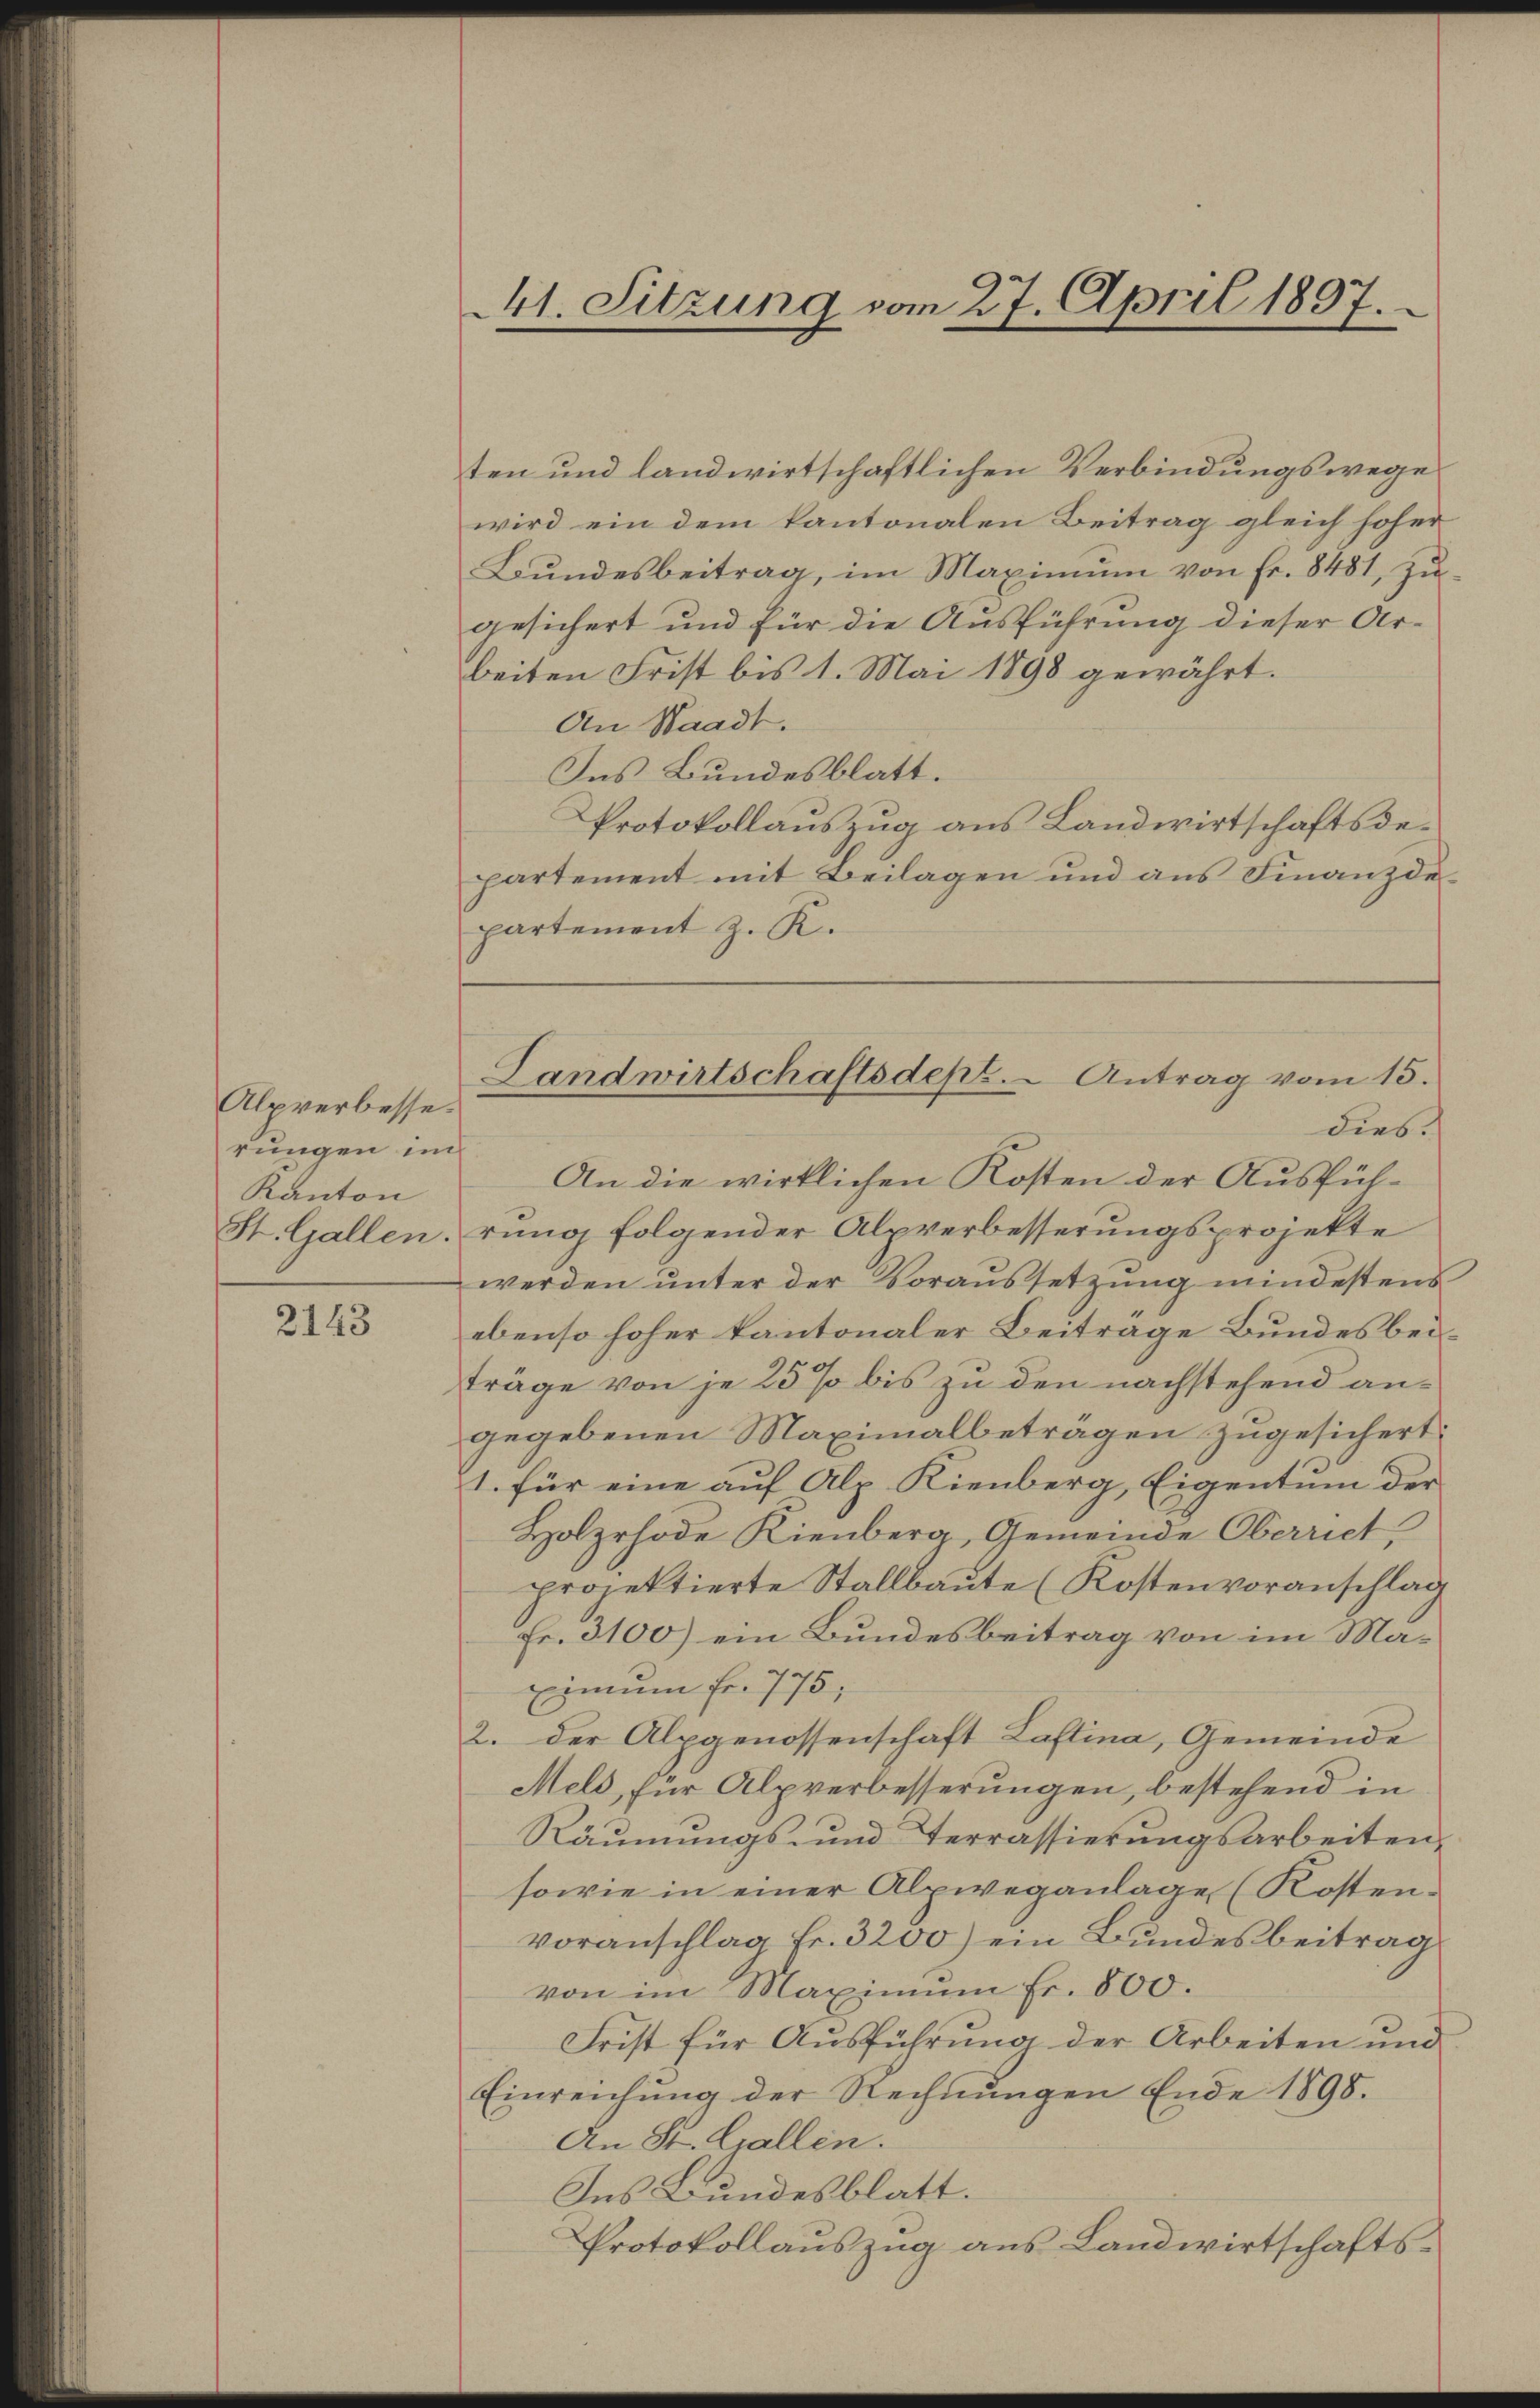
Alpverbesse.
rungen im
Kanton
St. Gallen.

2143

ten und landwirtschaftlichen Verbindungswege
wird ein dem kantonalen Beitrag gleich hoher
Bŭndesbeitrag, im Maximŭm von Fr. 8481, zŭ-
gesichert und für die Ausführung dieser Arbeiten Frist bis 1. Mai 1890 gewährt.
An Waadt.
Ins Bundesblatt.
Protokollauszug aus Landwirtschaftsdepartement mit Beilagen und aus Finanzde
partement z. R.
dies.
An die wirklichen Kosten der Ausführung folgender Alpverbesserungsprojekte
werden unter der Voraussetzung mindestens
ebenso hoher kantonaler Beiträge Bundesbeiträge von je 25 % bis zu den nachstehend angegebenen Maximalbetragen zugesichert:
1. für eine auf Alp Kienberg, Eigentum der
Holzrhode Kienberg, Gemeinde Oberriet,
projektierte Stallbaute (Kostenvoranschlag
Fr. 3100) ein Bundesbeitrag von im Maximum fr. 775,
2. der Alpgenossenschaft Lastina, Gemeinde
Meld, für Alpverbesserungen, bestehend in
Räumungs- und Terrassierŭngsarbeiten,
sowie in einer Alpweganlage (Kostenvoranschlag Fr. 3200) ein Bundesbeitrag
von im Maximum Fr. 800.
Frist für Ausführung der Arbeiten und
Einreichung der Rechnungen Ende 1898.
An St. Gallen.
Ins Bundesblatt.
Protokollaŭszŭg aŭs Landwirtschafts-

41. Sitzung vom 27. April 1897.

Landwirtschaftsdep. Antrag vom 15.